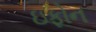
ઇફોન